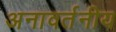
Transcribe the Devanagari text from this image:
अनावर्तनीय